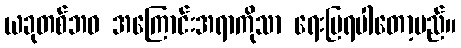
ယခုတစ်ဘဝ အကြောင်းအရာကိုသာ ရေးပြရပါတော့မည်။